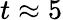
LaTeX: t\approx 5